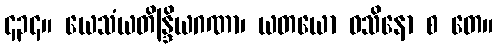
၄၃၄။ ယေသံယတိန္ဒြိယဂဏာ၊ ယတယော ဝသိနော စ တေ။